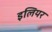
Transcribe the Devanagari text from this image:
इलियर